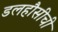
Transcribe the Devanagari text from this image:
डलहौसीची